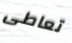
تعاطى